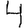
Digit: 4